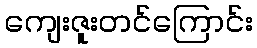
ကျေးဇူးတင်ကြောင်း